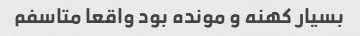
بسیار کهنه و مونده بود واقعا متاسفم